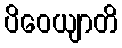
ပိဝေယျာတိ